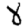
Digit: 8